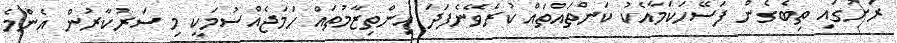
ރަށުގައި ތިބެގެން ފަސޭހަކަމާއެކު ކަންތައްތައް ކުރެވޭނެފަދަ އިންތިޒާމުތައް ހަމަޖެއްސުމަކީ މި ސަރުކާރުން އެންމެ